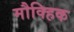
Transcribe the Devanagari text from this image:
मौक्हिक